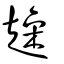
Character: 趮